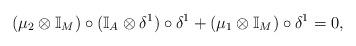
LaTeX: \begin{align*} (\mu_2\otimes\mathbb{I}_M)\circ(\mathbb{I}_A\otimes\delta^1)\circ\delta^1 +(\mu_1\otimes\mathbb{I}_M)\circ\delta^1=0, \end{align*}